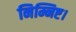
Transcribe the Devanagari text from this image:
निम्निष्ट।